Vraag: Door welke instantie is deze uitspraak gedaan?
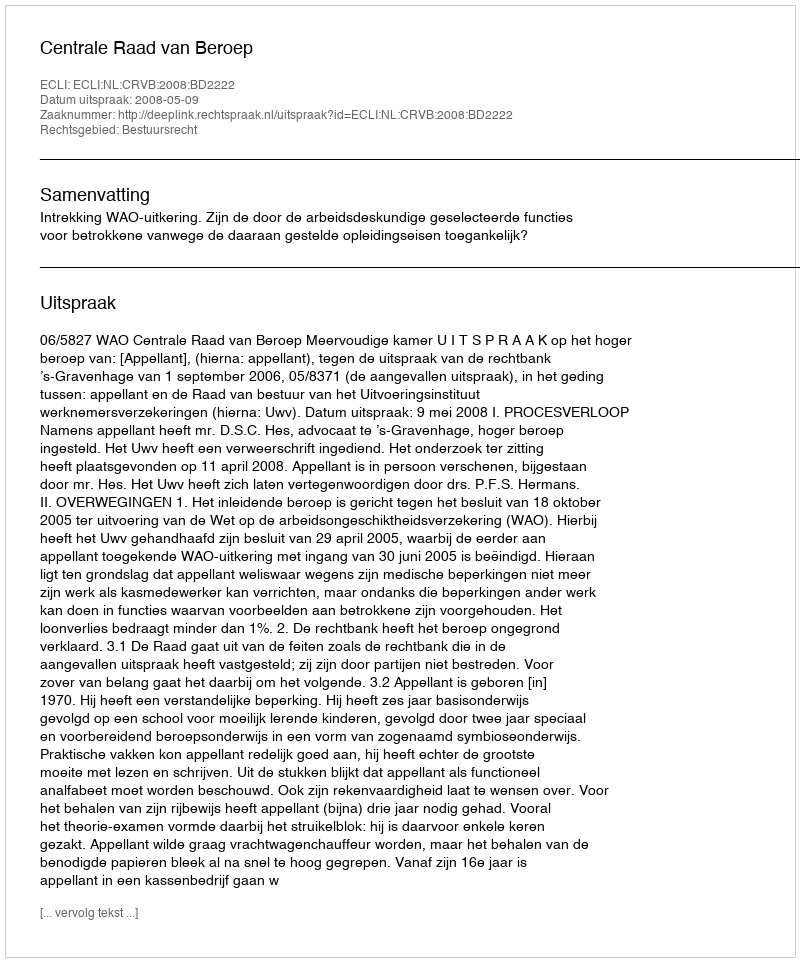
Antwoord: Centrale Raad van Beroep